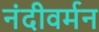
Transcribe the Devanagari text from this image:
नंदीवर्मन